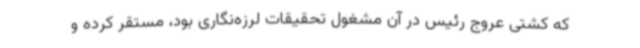
که کشتی عروج رئیس در آن مشغول تحقیقات لرزه‌نگاری بود، مستقر کرده و